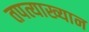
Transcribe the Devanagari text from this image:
तपत्याख्यान